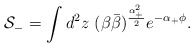
\begin{align*}{\cal S}_- = \int d^2 z ~ (\beta\bar\beta)^{\frac{\alpha_+^2}{2}}e^{-\alpha_+\phi}. \end{align*}